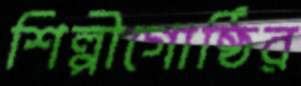
শিল্পীগোষ্ঠির